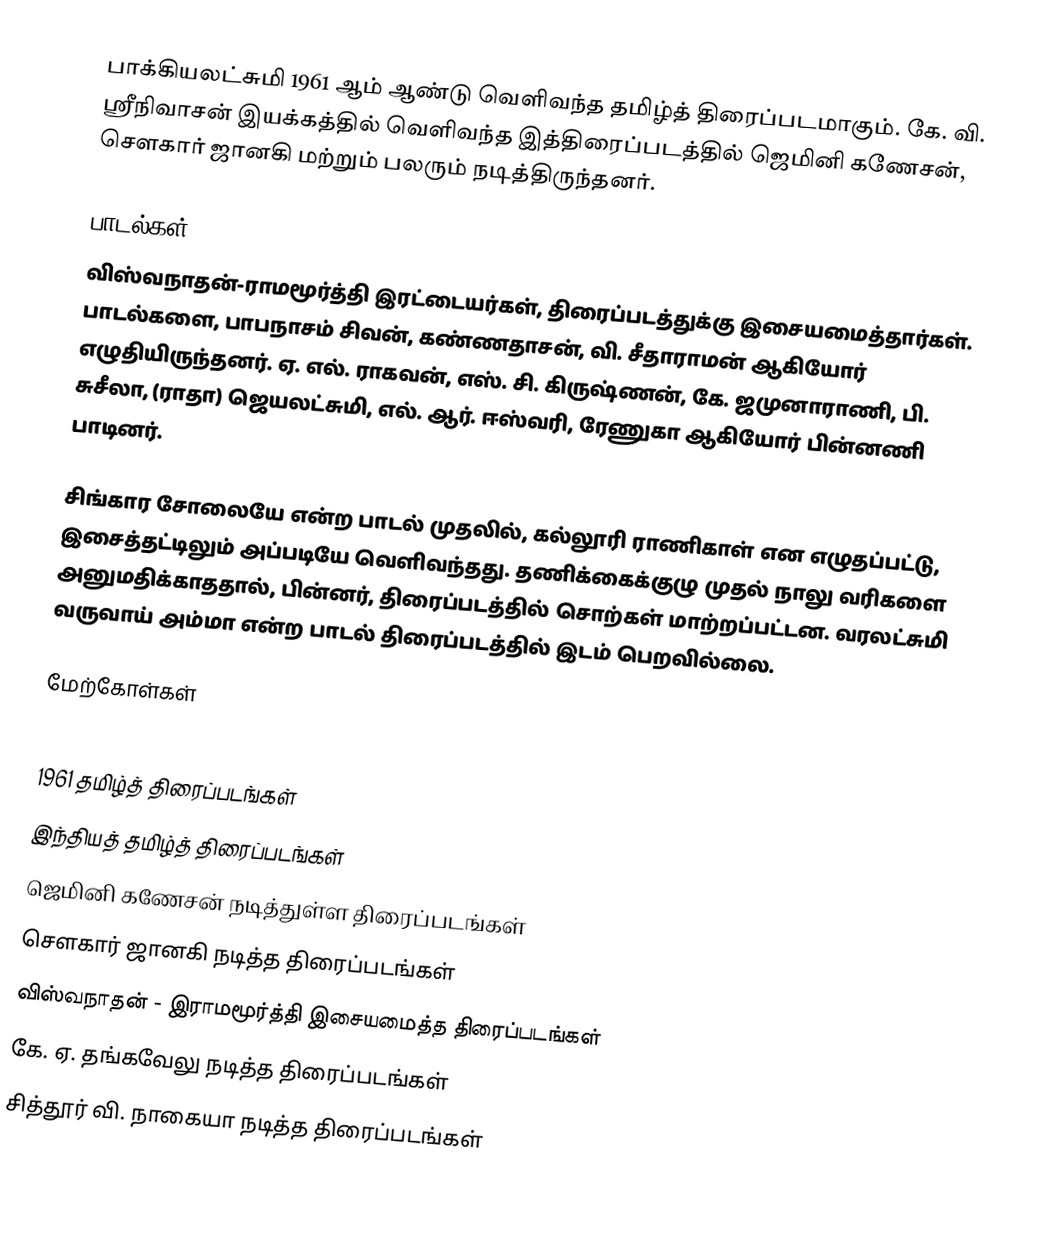
பாக்கியலட்சுமி 1961 ஆம் ஆண்டு வெளிவந்த தமிழ்த் திரைப்படமாகும். கே. வி. ஸ்ரீநிவாசன் இயக்கத்தில் வெளிவந்த இத்திரைப்படத்தில் ஜெமினி கணேசன், சௌகார் ஜானகி மற்றும் பலரும் நடித்திருந்தனர்.

பாடல்கள்
விஸ்வநாதன்-ராமமூர்த்தி இரட்டையர்கள், திரைப்படத்துக்கு இசையமைத்தார்கள். பாடல்களை, பாபநாசம் சிவன், கண்ணதாசன், வி. சீதாராமன் ஆகியோர் எழுதியிருந்தனர். ஏ. எல். ராகவன், எஸ். சி. கிருஷ்ணன், கே. ஜமுனாராணி, பி. சுசீலா, (ராதா) ஜெயலட்சுமி, எல். ஆர். ஈஸ்வரி, ரேணுகா ஆகியோர் பின்னணி பாடினர்.

சிங்கார சோலையே என்ற பாடல் முதலில், கல்லூரி ராணிகாள் என எழுதப்பட்டு, இசைத்தட்டிலும் அப்படியே வெளிவந்தது. தணிக்கைக்குழு முதல் நாலு வரிகளை அனுமதிக்காததால், பின்னர், திரைப்படத்தில் சொற்கள் மாற்றப்பட்டன. வரலட்சுமி வருவாய் அம்மா என்ற பாடல் திரைப்படத்தில் இடம் பெறவில்லை.

மேற்கோள்கள்

1961 தமிழ்த் திரைப்படங்கள்
இந்தியத் தமிழ்த் திரைப்படங்கள்
ஜெமினி கணேசன் நடித்துள்ள திரைப்படங்கள்
சௌகார் ஜானகி நடித்த திரைப்படங்கள்
விஸ்வநாதன் - இராமமூர்த்தி இசையமைத்த திரைப்படங்கள்
கே. ஏ. தங்கவேலு நடித்த திரைப்படங்கள்
சித்தூர் வி. நாகையா நடித்த திரைப்படங்கள்